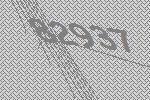
82937